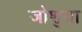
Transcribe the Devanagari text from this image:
जोशुया